system: You are a helpful assistant.
user:
Analyze the provided spectrum to determine if it is a **Carbon Star (C-type)**.

- **Key Visual Indicators of Carbon Star:**
    - **(Primary):** Strong molecular absorption from **C₂ (diatomic carbon) "Swan Bands."** This is the **defining feature** of a carbon star.
        - **(Key Bandheads):** Sharp absorption edges are visible at approximately $5635$ Å, $5165$ Å (the strongest band), and $4737$ Å.
        - **(Line Profile):** Creates a distinct **"saw-tooth"** pattern. The key morphology is a sharp, steep bandhead on the **red (long-wavelength) side**, which then gradually tapers off (i.e., flux recovers) towards the **blue (short-wavelength) side**. *(This is the direct opposite of the TiO bands seen in M-type stars)*.

    - **(Secondary):** Intense **CN (cyanogen)** molecular absorption bands.
        - **(Key Bandheads):** Located in the blue and violet regions of the spectrum (e.g., near $4215$ Å and $3883$ Å).
        - **(Morphology):** These bands are extremely broad and act as a "blanket," absorbing the vast majority of blue and violet light. This creates a characteristic **"cliff"** or **"steep drop-off"** in the spectrum's flux at short wavelengths.

    - **(Key Confirmation):** Strong **CH absorption band (G-band)**.
        - **(Key Bandhead):** Located around $4300$ Å. The contribution from CH molecules to this band is exceptionally strong.

    - **(Overall Spectrum):**
        - The continuum is severely "chopped up" by these deep molecular bands, especially C₂, rather than appearing as a smooth curve.
        - Due to the heavy CN and C₂ absorption in the blue-green, the vast majority of the star's flux is concentrated in the red part of the spectrum, giving the star its characteristic deep red color.

Think first, call **spectral_visualization_tool** if needed to examine features in detail, then provide your final answer. Your response must adhere to the following strict rules:
1.  **Overall Structure:** Your response must follow the format `<think>...</think> <tool_call>...</tool_call> (if a tool is used) <answer>...</answer>`.
2.  **Tool Usage Constraint:** You may only make **one** tool call per turn.
3.  **Final Answer Format:** In the `<answer>` tag, your conclusion must be inside a `\boxed{}` command (e.g., `\boxed{YES}`), followed by your justification.

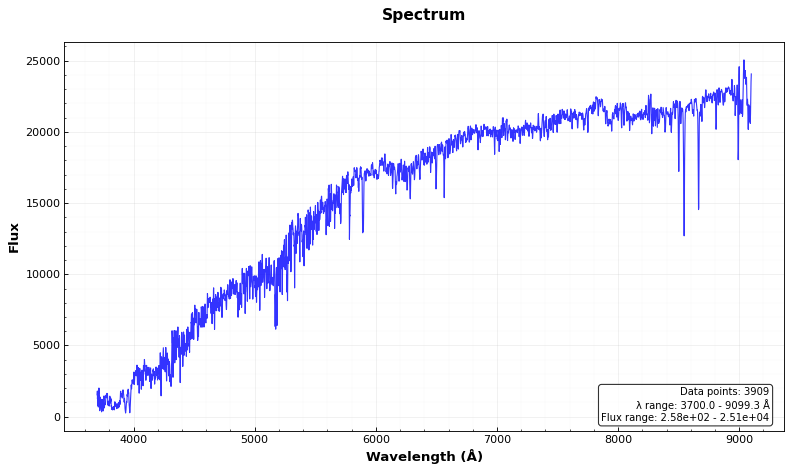
Answer: NO